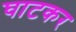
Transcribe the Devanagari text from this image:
घाटकर